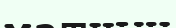
матчын